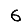
Digit: 6